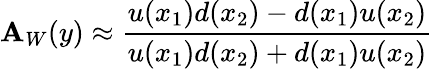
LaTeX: \mathbf{A}_{W}(y)\approx\frac{{u(x_{1})d(x_{2})-d(x_{1})u(x_{2})}}{{u(x_{1})d(x_{2})+d(x_{1})u(x_{2})}}